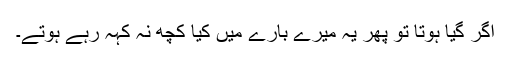
اگر گیا ہوتا تو پھر یہ میرے بارے میں کیا کچھ نہ کہہ رہے ہوتے۔